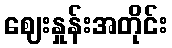
ဈေးနှုန်းအတိုင်း